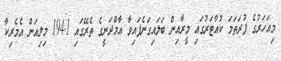
މިއަހަރުގެ ފުރަތަމަ ކުއާޓަރުގައި މީރާއިން ބަލައިގަނެފައިވާ އާމްދަނީގެ ތެރޭގައި 194.1 މިލިއަން އެމެރިކާ